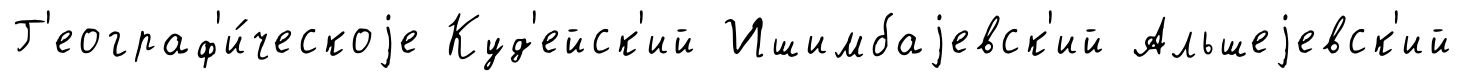
Г'еограф'и́ческоjе Куд'ейск'ий Ишимбаjевск'ий Альшеjевск'ий